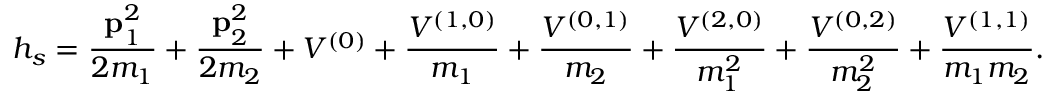
h _ { s } = { \frac { { \bf p } _ { 1 } ^ { 2 } } { 2 m _ { 1 } } } + { \frac { { \bf p } _ { 2 } ^ { 2 } } { 2 m _ { 2 } } } + V ^ { ( 0 ) } + { \frac { V ^ { ( 1 , 0 ) } } { m _ { 1 } } } + { \frac { V ^ { ( 0 , 1 ) } } { m _ { 2 } } } + { \frac { V ^ { ( 2 , 0 ) } } { m _ { 1 } ^ { 2 } } } + { \frac { V ^ { ( 0 , 2 ) } } { m _ { 2 } ^ { 2 } } } + { \frac { V ^ { ( 1 , 1 ) } } { m _ { 1 } m _ { 2 } } } .